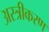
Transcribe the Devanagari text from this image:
अस्त्रीकरण